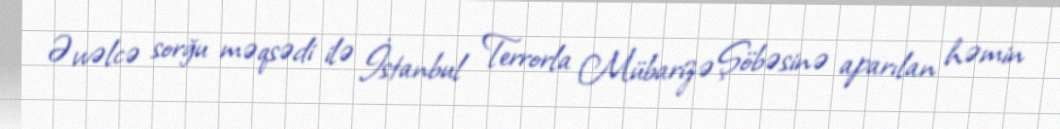
Əvvəlcə sorğu məqsədi ilə İstanbul Terrorla Mübarizə Şöbəsinə aparılan həmin